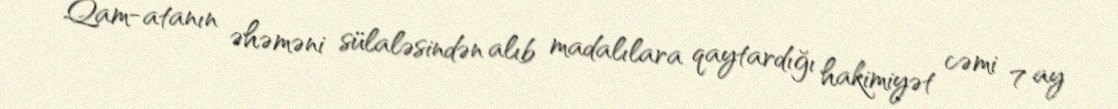
Qam-atanın əhəməni sülaləsindən alıb madalılara qaytardığı hakimiyət cəmi 7 ay